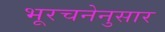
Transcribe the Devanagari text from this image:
भूरचनेनुसार